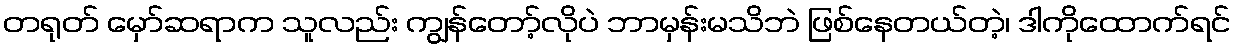
တရုတ် မှော်ဆရာက သူလည်း ကျွန်တော့်လိုပဲ ဘာမှန်းမသိဘဲ ဖြစ်နေတယ်တဲ့၊ ဒါကိုထောက်ရင်